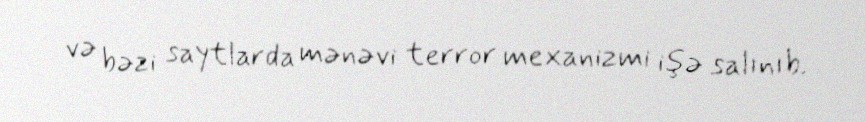
və bəzi saytlarda mənəvi terror mexanizmi işə salınıb.